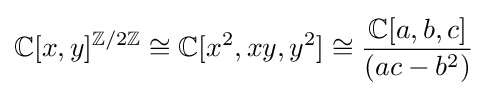
\mathbb {C} [x,y]^{\mathbb {Z} /2\mathbb {Z} }\cong \mathbb {C} [x^{2},xy,y^{2}]\cong {\frac {\mathbb {C} [a,b,c]}{(ac-b^{2})}}